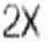
2X